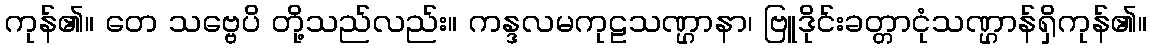
ကုန်၏။ တေ သဗ္ဗေပိ တို့သည်လည်း။ ကန္ဒလမကုဠသဏ္ဌာနာ၊ ဗြူဒိုင်းခတ္တာငုံသဏ္ဌာန်ရှိကုန်၏။